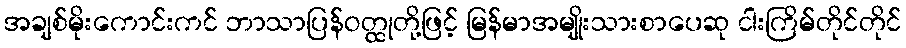
အချစ်မိုးကောင်းကင် ဘာသာပြန်ဝတ္ထုတို့ဖြင့် မြန်မာအမျိုးသားစာပေဆု ငါးကြိမ်တိုင်တိုင်